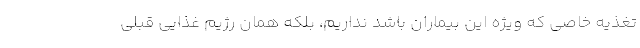
تغذیه خاصی که ویژه این بیماران باشد نداریم، بلکه همان رژیم غذایی قبلی